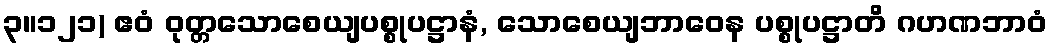
၃။၁၂၁) ဧဝံ ဝုတ္တသောစေယျပစ္စုပဋ္ဌာနံ, သောစေယျဘာဝေန ပစ္စုပဋ္ဌာတိ ဂဟဏဘာဝံ